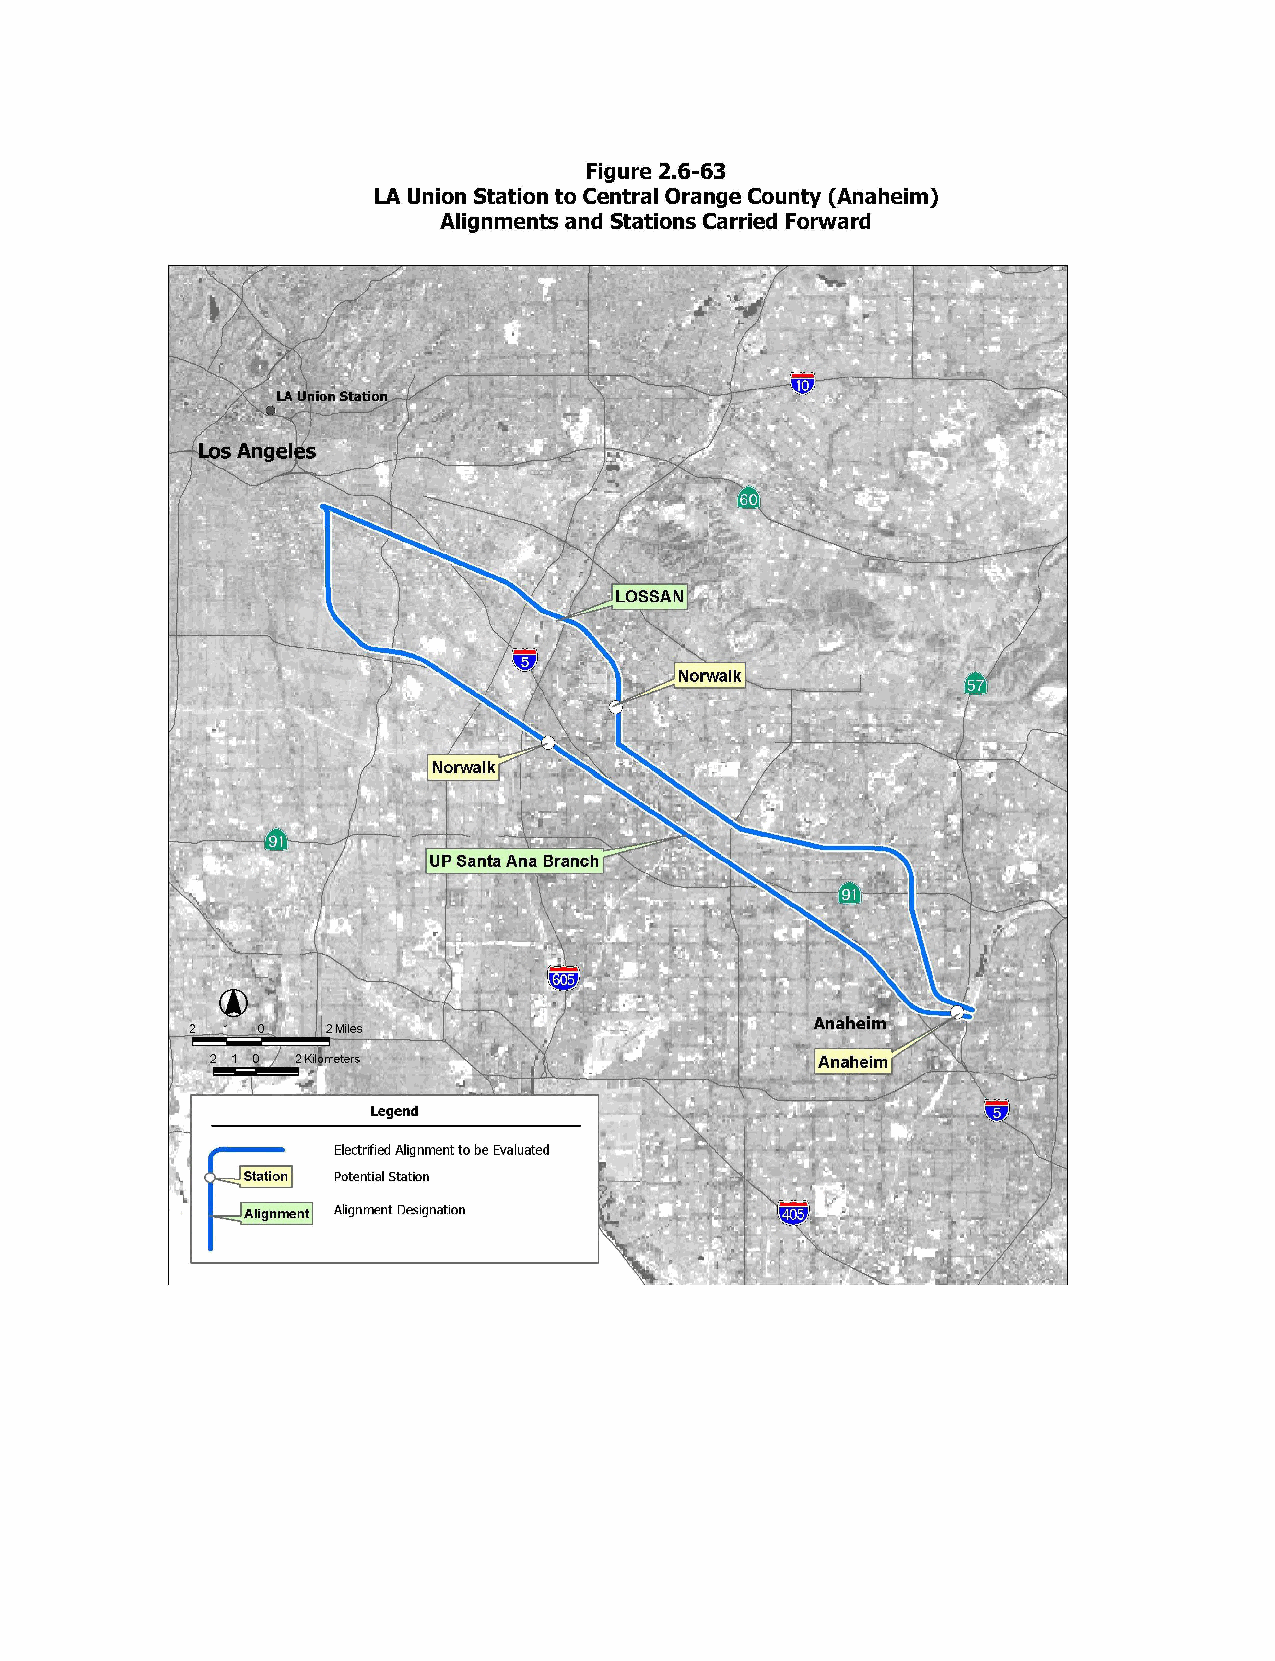
Figure 2,6-63
 LA Union Station to Central Orange County (Anaheim)
 Alignments and Stations Carried Forward
 LA Union Station
 Los Angeles
 LOSSAN
 Norwalk
 Norwalk
 UP Santa Ana Branch
 Anaheim
 2 1 0    2 Miles
 2 1 0 2 Kilometers                      Anaheim
 Legend
 Electrified Alignment to be Evaluated
 Station Potential Station
 Alignment Alignment Designation